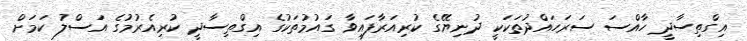
އިގްތިސާދީ ހާއްސަ ސަރަހައްދުތަކަކީ ދުނިޔޭގެ ކުރިއަރާފައިވާ ގައުމުތަކުގެ އިގްތިސާދީ ކުރިއެރުމުގެ އަސްލު ކަމަށް